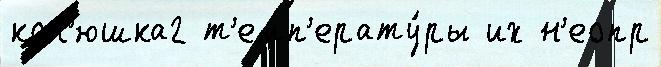
кол'юшка2 т'емп'ерату́ры их н'еопр